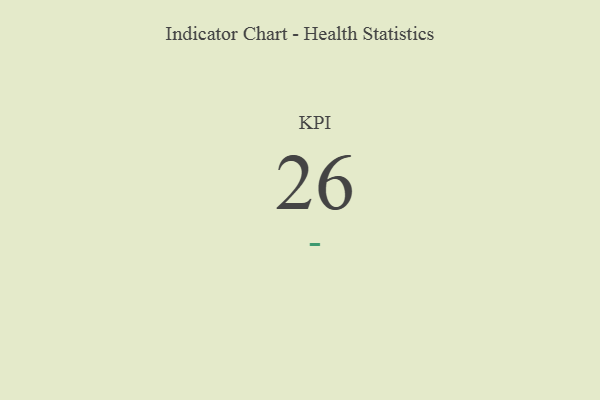
{"axis": {"x": "KPI", "y": "Value"}, "legend": [""], "data": [{"x": "KPI", "y": 26, "type": ""}]}